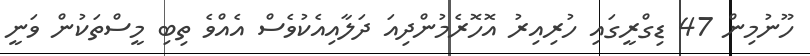
ހޫނުމިން 47 ޑިގްރީގައި ހުރިއިރު އޮހޮރެމުންދިއަ ދަލާއިއެކުވެސް އެއްވެ ތިބި މީސްތަކުން ވަނީ